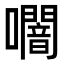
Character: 𭌩